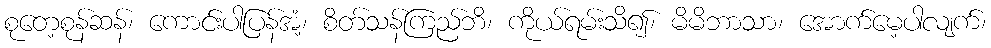
စုတေ့စုန်ဆန်၊ ကောင်းပါပြန်အံ့၊ စိတ်သန်ကြည်ဘိ၊ ကိုယ်ရမ်းသိ၍၊ မိမိဘာသာ၊ အောက်မေ့ပါလျက်၊